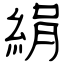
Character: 絹